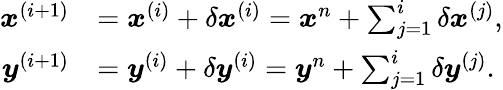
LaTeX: \begin{array}{rl}{\boldsymbol{x}^{(i+1)}}&{=\boldsymbol{x}^{(i)}+\delta\boldsymbol{x}^{(i)}=\boldsymbol{x}^{n}+\sum_{j=1}^{i}\delta\boldsymbol{x}^{(j)},}\\ {\boldsymbol{y}^{(i+1)}}&{=\boldsymbol{y}^{(i)}+\delta\boldsymbol{y}^{(i)}=\boldsymbol{y}^{n}+\sum_{j=1}^{i}\delta\boldsymbol{y}^{(j)}.}\end{array}